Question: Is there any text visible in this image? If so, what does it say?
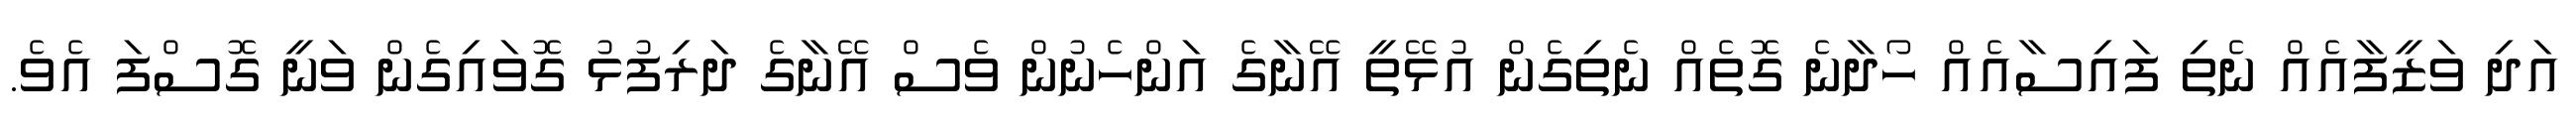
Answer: އަދި ވަޒީފާއެއް ނެތި ފައިސާއެއް ހޯދާނެ ގޮތެއް ނެތިގެން އުޅޭތީ އޭނާގެ އަންހެނުން ވެސް އޭނާގެ ދަރިފުޅު ގޮވައިގެން ވަނީ ގޮސްފަ އެވެ.